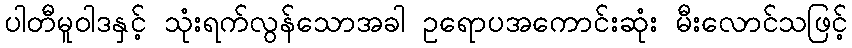
ပါတီမူဝါဒနှင့် သုံးရက်လွန်သောအခါ ဥရောပအကောင်းဆုံး မီးလောင်သဖြင့်